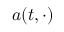
a ( t , \cdot )